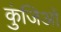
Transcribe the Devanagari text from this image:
कुंजिओं